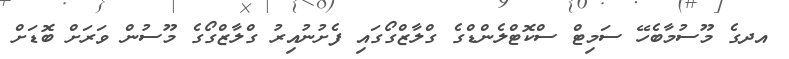
އދގެ މޫސުމާބެހޭ ސަމިޓް ސްކޮޓްލެންޑްގެ ގްލާޒްގޯގައި ފެށުނުއިރު ގްލާޒްގޯގެ މޫސުން ވަރަށް ބޮޑަށް